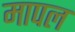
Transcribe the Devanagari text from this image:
मापल